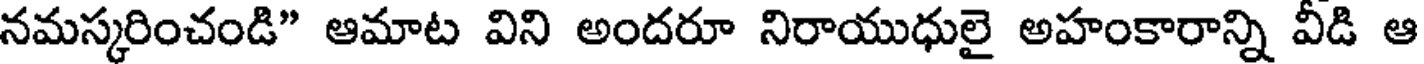
నమస్కరించండి" ఆమాట విని అందరూ నిరాయుధులై అహంకారాన్ని వీడి ఆ